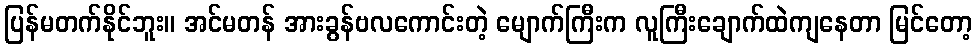
ပြန်မတက်နိုင်ဘူး။ အင်မတန် အားခွန်ဗလကောင်းတဲ့ မျောက်ကြီးက လူကြီးချောက်ထဲကျနေတာ မြင်တော့